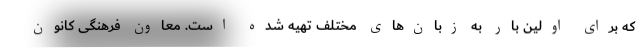
که برای اولین بار به زبان‌های مختلف تهیه شده است. معاون فرهنگی کانون